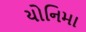
યોનિમા